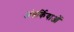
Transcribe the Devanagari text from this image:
अंतर्कियाओं